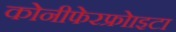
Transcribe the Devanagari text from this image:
कोनीफेरफ्रोाइटा